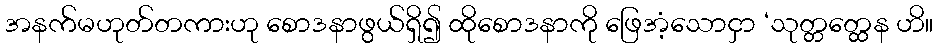
အနက်မဟုတ်တကားဟု စောဒနာဖွယ်ရှိ၍ ထိုစောဒနာကို ဖြေအံ့သောငှာ ‘သုတ္တတ္ထေန ဟိ။